Report on vaccination in Madras 1877-1894 - 1877-1894
Year: 1877
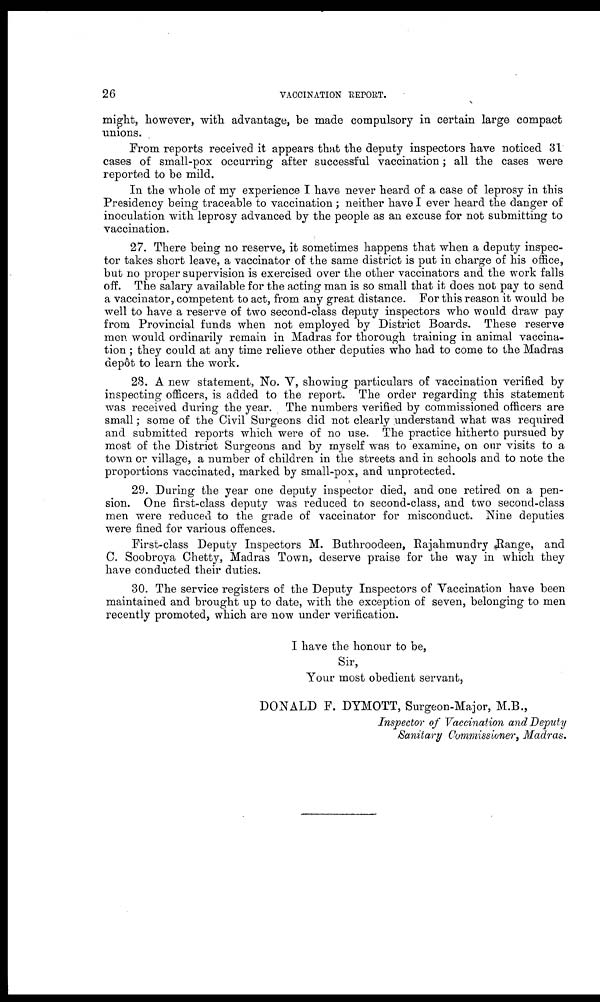
26
VACCINATION REPORT.
might, however, with advantage, be made compulsory in certain large compact
unions.
From reports received it appears that the deputy inspectors have noticed 31
cases of small-pox occurring after successful vaccination; all the cases were
reported to be mild.
In the whole of my experience I have never heard of a case of leprosy in this
Presidency being traceable to vaccination ; neither have I ever heard the danger of
inoculation with leprosy advanced by the people as an excuse for not submitting to
vaccination.
27. There being no reserve, it sometimes happens that when a deputy inspec-
tor takes short leave, a vaccinator of the same district is put in charge of his office,
but no proper supervision is exercised over the other vaccinators and the work falls
off. The salary available for the acting man is so small that it does not pay to send
a vaccinator, competent to act, from any great distance. For this reason it would be
well to have a reserve of two second-class deputy inspectors who would draw pay
from Provincial funds when not employed by District Boards. These reserve
men would ordinarily remain in Madras for thorough training in animal vaccina-
tion ; they could at any time relieve other deputies who had to come to the Madras
depôt to learn the work.
28. A new statement, No. V, showing particulars of vaccination verified by
inspecting officers, is added to the report. The order regarding this statement
was received during the year. The numbers verified by commissioned officers are
small; some of the Civil Surgeons did not clearly understand what was required
and submitted reports which were of no use. The practice hitherto pursued by
most of the District Surgeons and by myself was to examine, on our visits to a
town or village, a number of children in the streets and in schools and to note the
proportions vaccinated, marked by small-pox, and unprotected.
29. During the year one deputy inspector died, and one retired on a pen-
sion. One first-class deputy was reduced to second-class, and two second-class
men were reduced to the grade of vaccinator for misconduct. Nine deputies
were fined for various offences.
First-class Deputy Inspectors M. Buthroodeen, Rajahmundry Range, and
C. Soobroya Chetty, Madras Town, deserve praise for the way in which they
have conducted their duties.
30. The service registers of the Deputy Inspectors of Vaccination have been
maintained and brought up to date, with the exception of seven, belonging to men
recently promoted, which are now under verification.
I have the honour to be,
Sir,
Your most obedient servant,
DONALD F. DYMOTT, Surgeon-Major, M.B.,
Inspector of Vaccination and Deputy
Sanitary Commissioner, Madras.